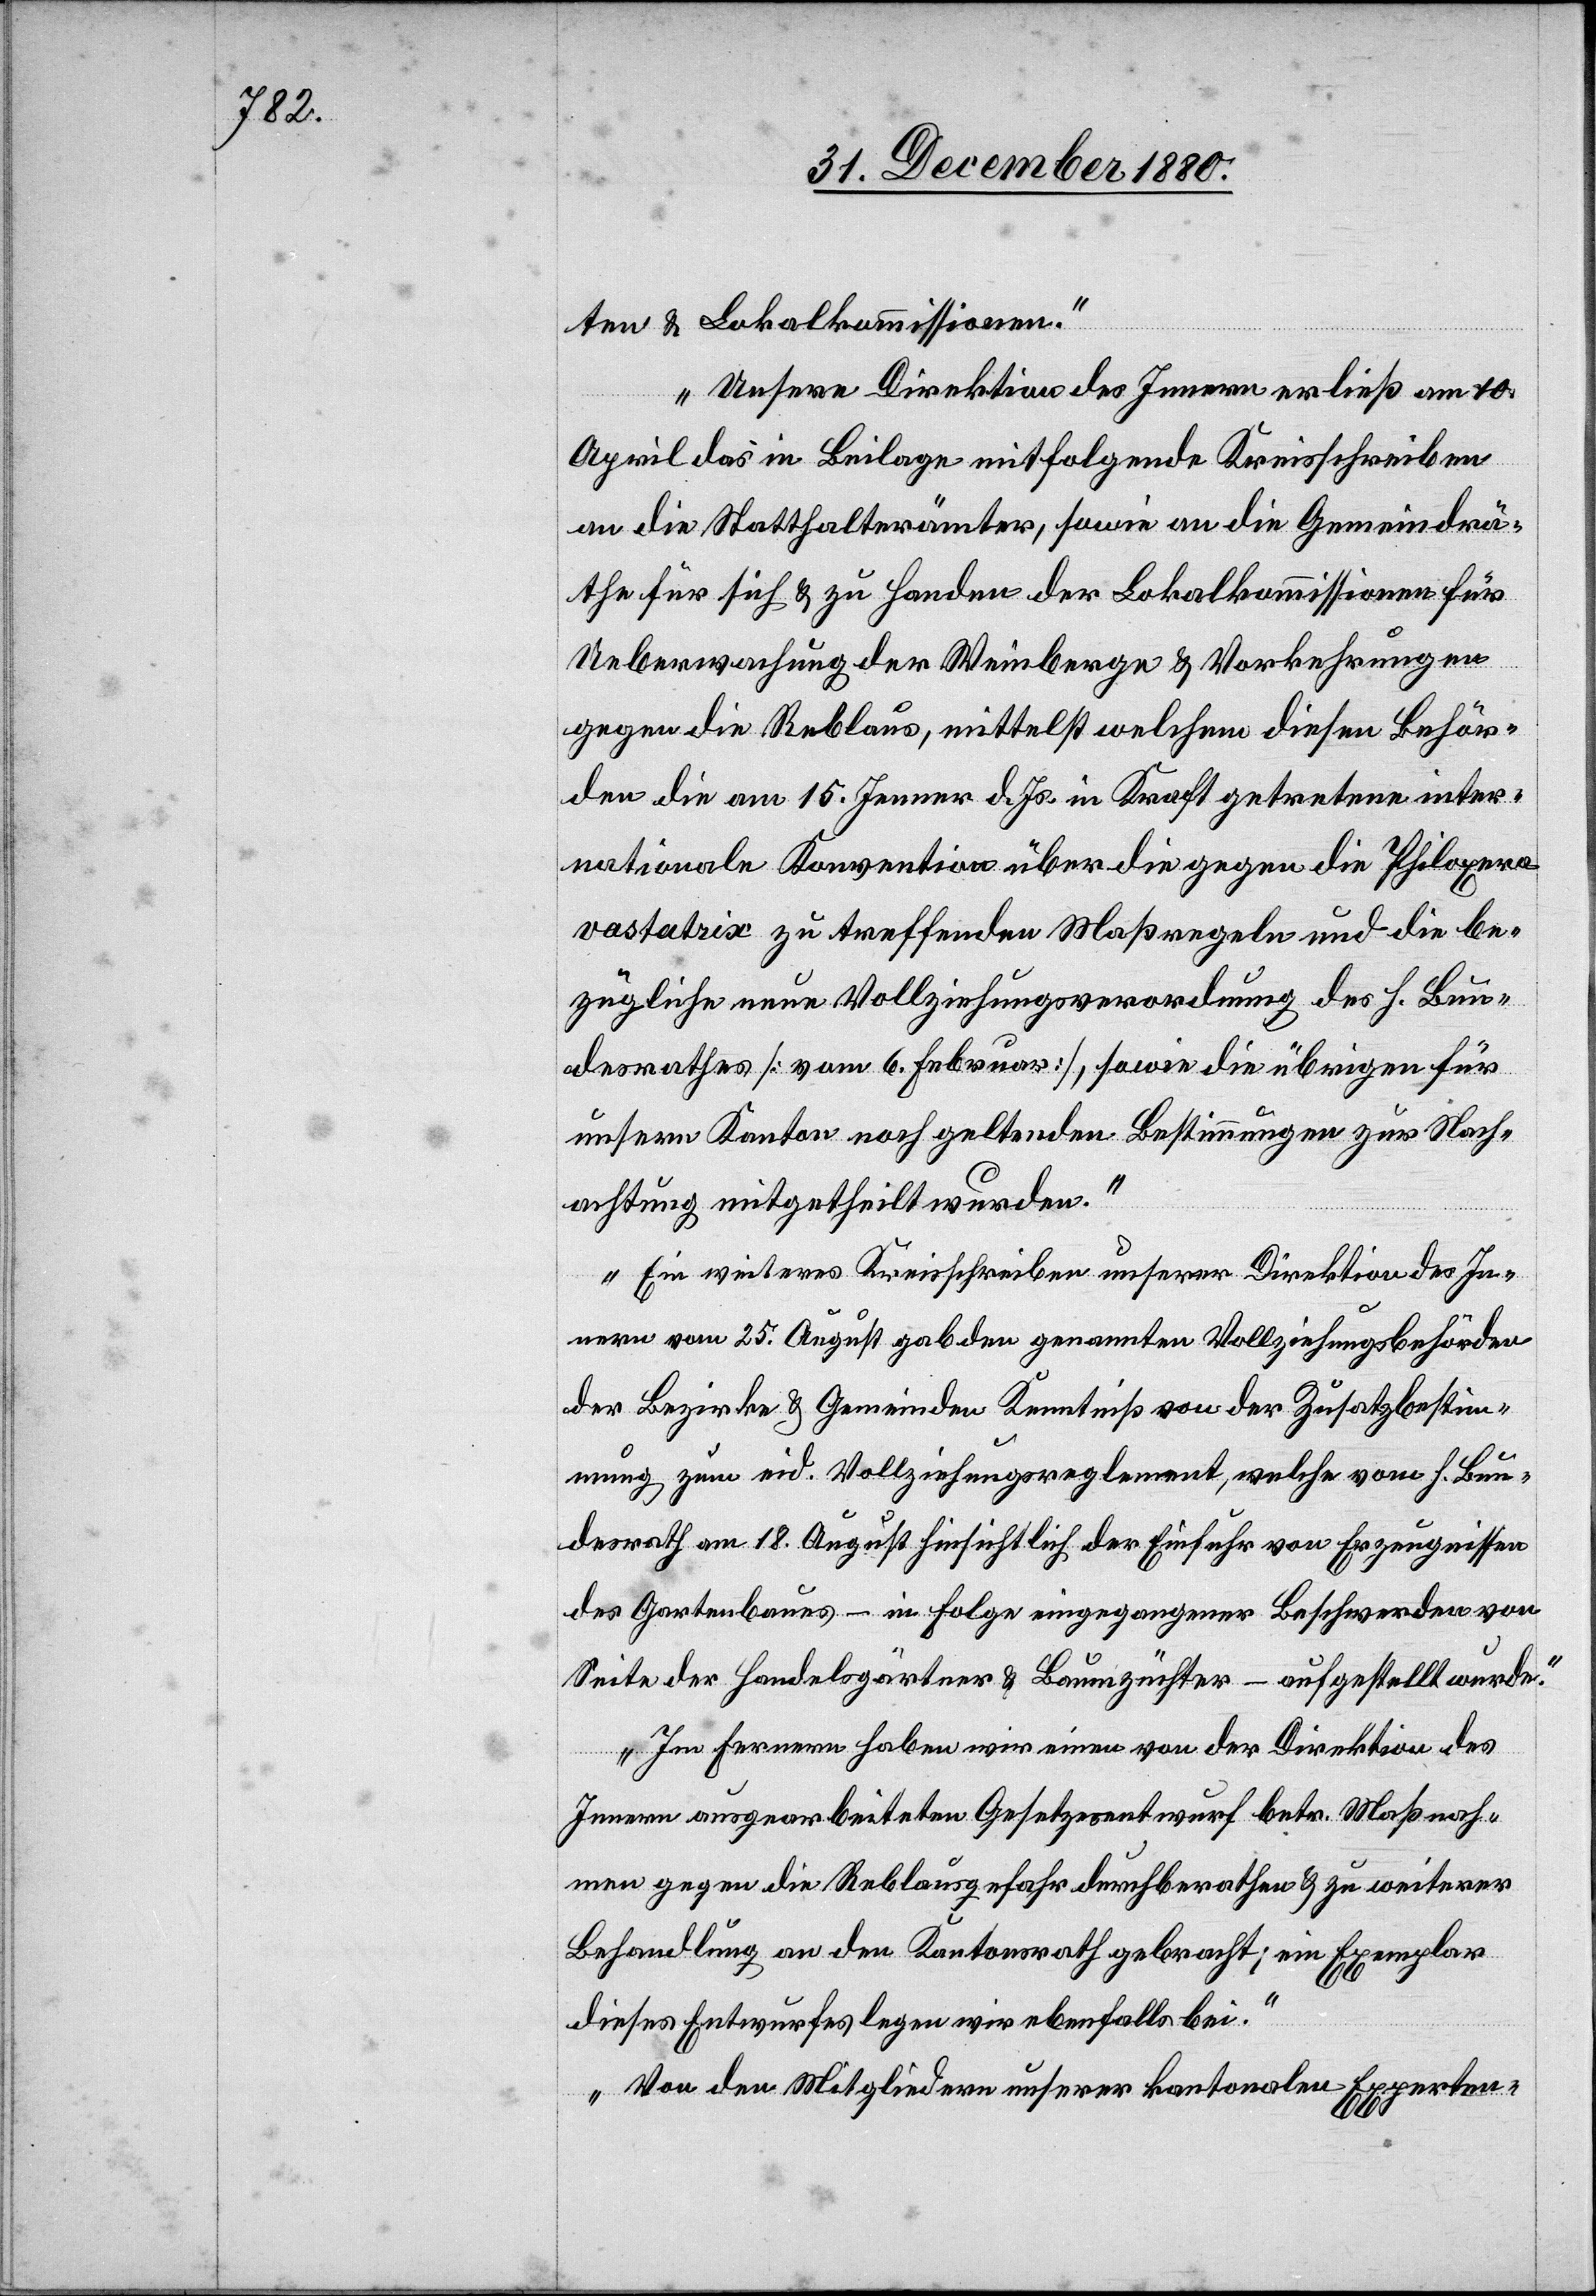
ten & Lokalkommissionen.
Unsere Direktion des Innern erließ am 10.
April das in Beilage mitfolgende Kreisschreiben
an die Statthalterämter, sowie an die Gemeindrä¬
the für sich & zu Handen der Lokalkommissionen für
Ueberwachung der Weinberge & Vorkehrungen
gegen die Reblaus, mittelst welchem diesen Behör¬
den die am 15. Jenner d. Js. in Kraft getretene inter¬
nationale Konvention über die gegen die Philoxera
vastatrix zu treffenden Maßregeln und die be¬
zügliche neue Vollziehungsverordnung des h. Bun¬
desrathes [vom 6. Februar], sowie die übrigen für
unseren Kanton noch geltenden Bestimmungen zur Nach¬
achtung mitgetheilt wurden.
Ein weiteres Kreisschreiben unserer Direktion des In¬
nern vom 25. August gab den genannten Vollziehungsbehörden
der Bezirke & Gemeinden Kenntniß von der Zusatzbestim¬
mung zum eid. Vollziehungsreglement, welche vom h. Bun¬
desrath am 18. August hinsichtlich der Einfuhr von Erzeugnissen
des Gartenbaues – in Folge eingegangener Beschwerden von
Seite der Handelsgärtner & Baumzüchter – aufgestellt wurde.
Im Fernern haben wir einen von der Direktion des
Innern ausgearbeiteten Gesetzesentwurf betr. Maßnah¬
men gegen die Reblausgefahr durchberathen & zu weiterer
Behandlung an den Kantonsrath gebracht; ein Exemplar
dieses Entwurfes legen wir ebenfalls bei.
Von den Mitgliedern unserer kantonalen Experten-